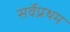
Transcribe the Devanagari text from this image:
सर्वेप्रथम